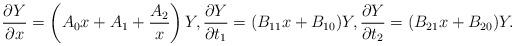
LaTeX: \begin{gather*}\frac{\partial Y}{\partial x}= \left( A_0 x+A_1+\frac{A_2}{x} \right)Y ,\frac{\partial Y}{\partial t_1}=(B_{11}x+B_{10})Y ,\frac{\partial Y}{\partial t_2}=(B_{21}x+B_{20})Y.\end{gather*}